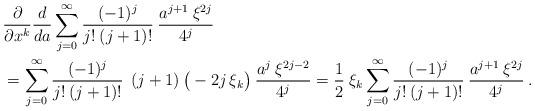
LaTeX: \begin{align*}&\frac{\partial}{\partial x^k} \frac{d}{da} \sum_{j=0}^\infty \frac{(-1)^j}{j!\:(j+1)!}\:\frac{a^{j+1} \:\xi^{2j}}{4^j} \\&= \sum_{j=0}^\infty \frac{(-1)^j}{j!\:(j+1)!}\: \:(j+1)\: \big(-2j \,\xi_k \big)\: \frac{a^{j} \:\xi^{2j-2}}{4^j}= \frac{1}{2}\: \xi_k \sum_{j=0}^\infty \frac{(-1)^j}{j!\:(j+1)!}\:\frac{a^{j+1} \:\xi^{2j}}{4^j} \:.\end{align*}